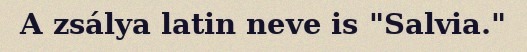
A zsálya latin neve is "Salvia."